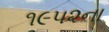
૧૯૫૨ના